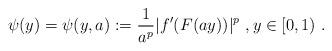
LaTeX: \begin{align*}\psi(y) = \psi(y,a) := \frac{1}{a^p} |f'(F(ay))|^p\ , y\in [0,1)\ . \end{align*}